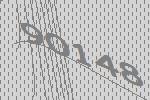
90148